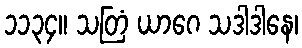
၁၁၃၄။ သတြံ ယာဂေ သဒါဒါနေ၊